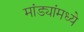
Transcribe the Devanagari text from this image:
मांड्यांमध्ये